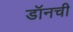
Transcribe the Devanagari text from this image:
डॉनची